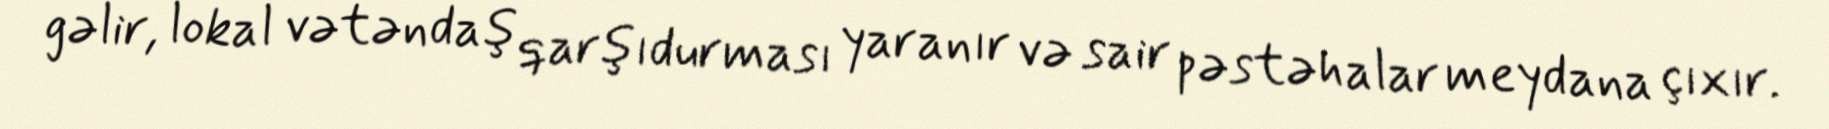
gəlir, lokal vətəndaş qarşıdurması yaranır və sair pəstəhalar meydana çıxır.